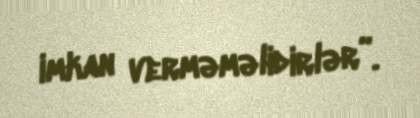
imkan verməməlidirlər”.